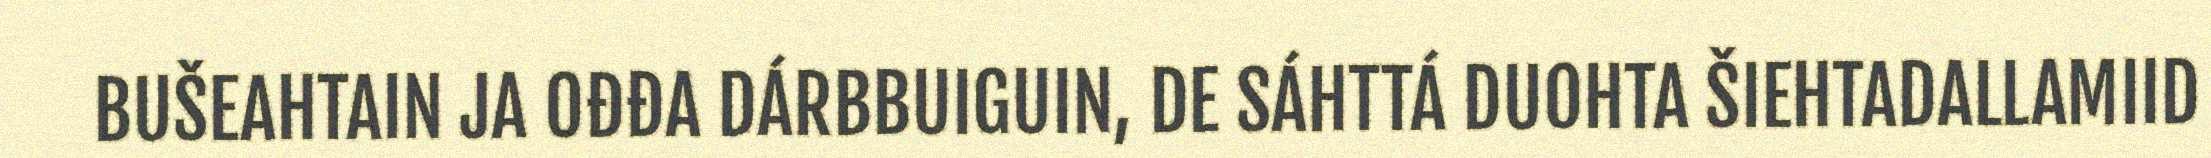
BUŠEAHTAIN JA OĐĐA DÁRBBUIGUIN, DE SÁHTTÁ DUOHTA ŠIEHTADALLAMIID